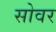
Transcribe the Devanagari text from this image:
सोवर